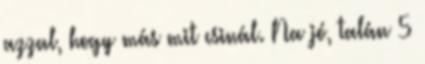
azzal, hogy más mit csinál. Na jó, talán 5